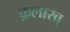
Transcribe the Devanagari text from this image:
क़लाख्‌